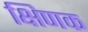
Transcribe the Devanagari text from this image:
क्षिणक